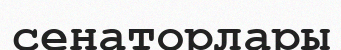
сенаторлары